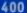
"4